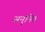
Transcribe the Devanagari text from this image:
अनुनित